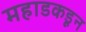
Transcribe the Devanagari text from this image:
महाडकडून